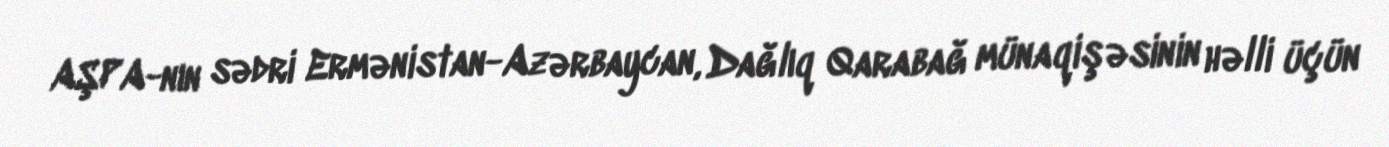
AŞPA-nın sədri Ermənistan-Azərbaycan, Dağlıq Qarabağ münaqişəsinin həlli üçün